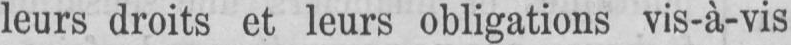
leurs droits et leurs obligations vis-à-vis